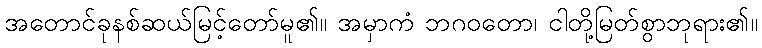
အတောင်ခုနစ်ဆယ်မြင့်တော်မူ၏။ အမှာကံ ဘဂဝတော၊ ငါတို့မြတ်စွာဘုရား၏။